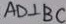
A D \bot B C